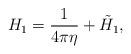
LaTeX: \begin{align*}H_{1}={\frac{1}{4\pi \eta }}+\tilde{H}_{1}, \end{align*}